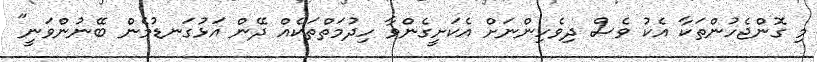
މި ގޮންޖެހުންތަކާ އެކު ވެސް ދިވެހިންނަށް އެކަށީގެންވާ ހިދުމަތްތަކެއް ދޭން އަޅުގަނޑުމެން ބޭނުންވަނީ"